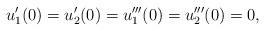
LaTeX: \begin{align*} u_1^\prime(0)=u_2^\prime(0)= u_1^{\prime\prime\prime}(0)=u_2^{\prime\prime\prime}(0)=0, \end{align*}